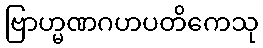
ဗြာဟ္မဏဂဟပတိကေသု